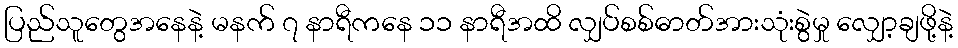
ပြည်သူတွေအနေနဲ့ မနက် ၇ နာရီကနေ ၁၁ နာရီအထိ လျှပ်စစ်ဓာတ်အားသုံးစွဲမှု လျှော့ချဖို့နဲ့